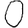
Digit: 0